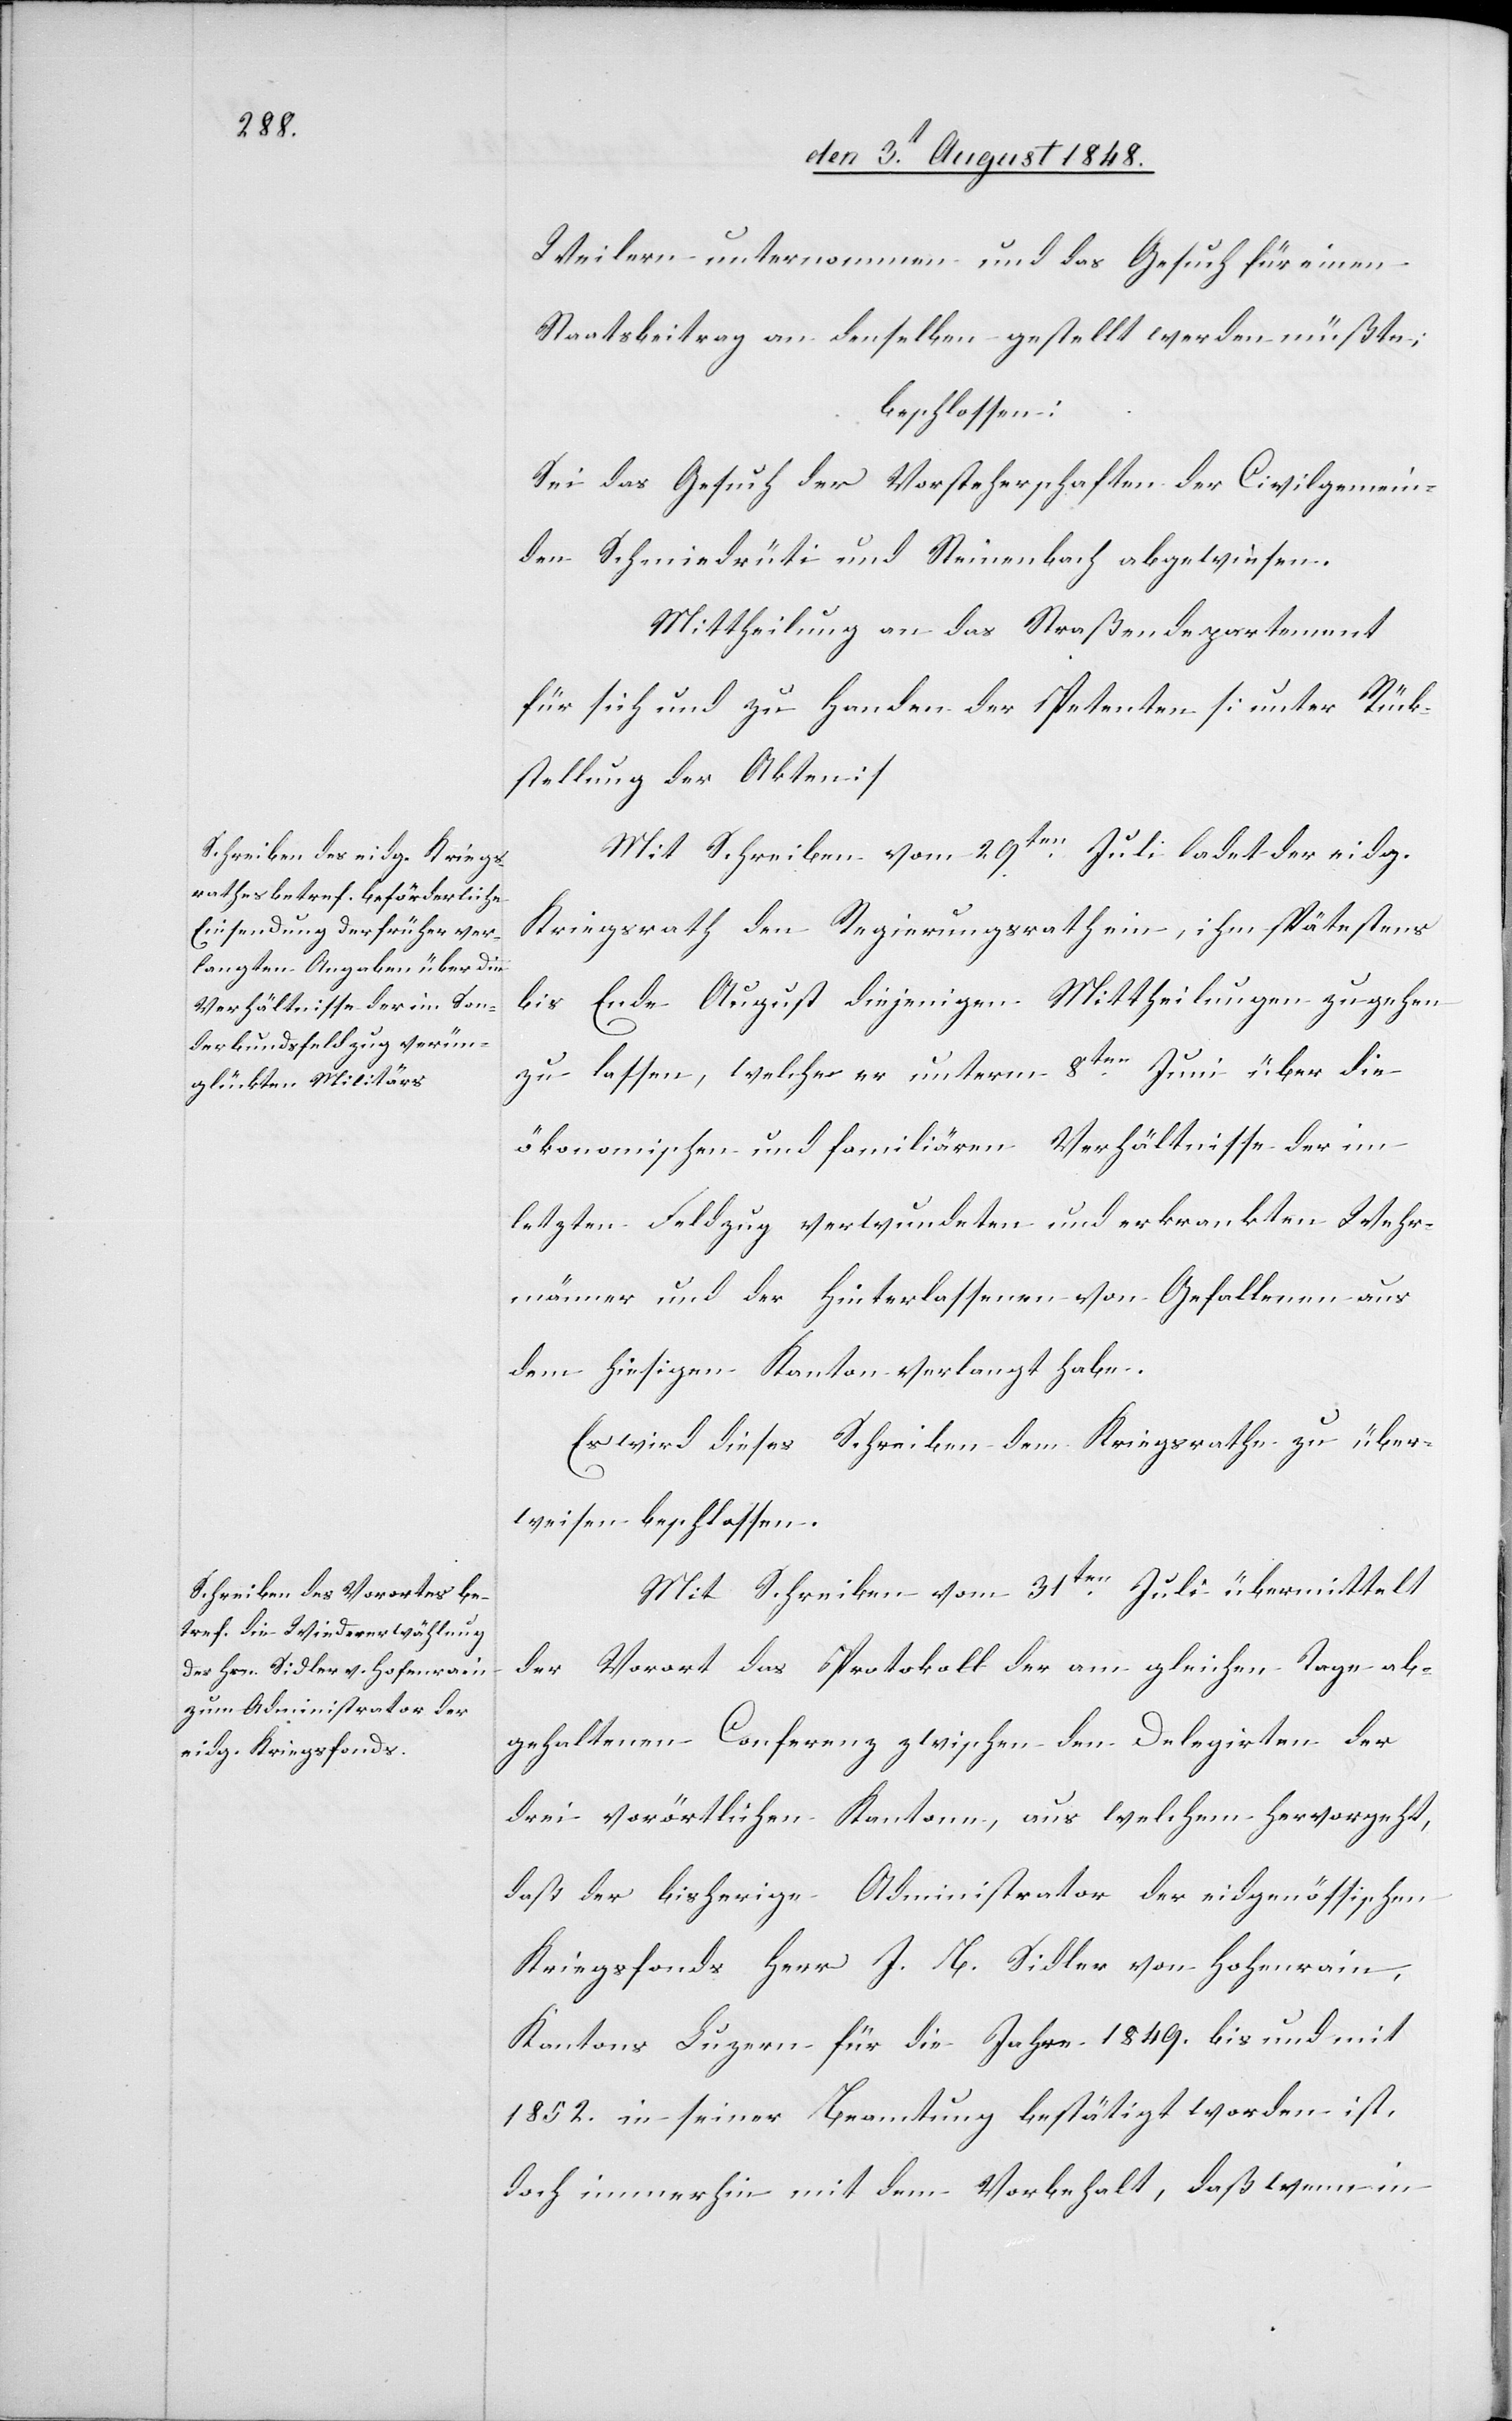
Weilern unternommen und das Gesuch für einen
Staatsbeitrag an denselben gestellt werden müßte;
beschlossen:
Sei das Gesuch der Vorsteherschaften der Civilgemein¬
den Schmiedrüti und Steinenbach abgewiesen.
Mittheilung an das Straßendepartement
für sich und zu Handen der Petenten [unter Rück¬
stellung der Akten.]
Mit Schreiben vom 29ten Juli ladet der eidg.
Kriegsrath den Regierungsrath ein, ihm spätestens
bis Ende August diejenigen Mittheilungen zu gehen
zu lassen, welche er unterm 8ten Juni über die
ökonomischen und familiären Verhältnisse der im
letzten Feldzug verwundeten und erkrankten Wehr¬
männer und der hinterlassenen von Gefallenen aus
dem hiesigen Kanton verlangt habe.
Es wird dieses Schreiben dem Kriegsrathe zu über¬
weisen beschlossen.
Mit Schreiben vom 31ten Juli übermittelt
der Vorort das Protokoll der am gleichen Tage ab¬
gehaltenen Conferenz zwischen den Delegirten der
drei vorörtlichen Kantone, aus welchem hervorgeht,
daß der bisherige Administrator des eidgenössischen
Kriegsfonds Herr J. B. Sidler von Hohenrain,
Kantons Luzern für die Jahre 1849. bis und mit
1852. in seiner Beamtung bestätigt worden ist,
doch immerhin mit dem Vorbehalt, daß wenn in